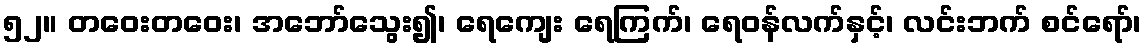
၅၂။ တဝေးတဝေး၊ အဘော်သွေး၍၊ ရေကျေး ရေကြက်၊ ရေဝန်လက်နှင့်၊ လင်းဘက် စင်ရော်၊